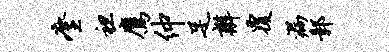
麈袒鹰仲足辫覆漏鄣